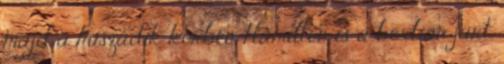
majd a huszadik körben Hamilton is a boxban járt.